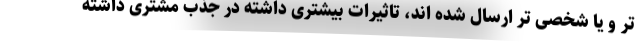
تر و یا شخصی تر ارسال شده اند، تاثیرات بیشتری داشته در جذب مشتری داشته